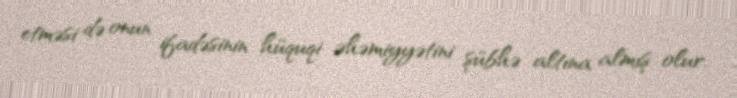
etməsi də onun ifadəsinin hüquqi əhəmiyyətini şübhə altına almış olur.